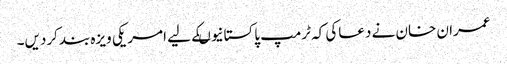
عمران خان نے دعاکی کہ ٹرمپ پاکستانیوںکے لیے امر یکی ویزہ بندکردیں۔